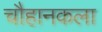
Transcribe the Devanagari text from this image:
चौहानकला